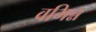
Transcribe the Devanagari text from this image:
वभिन्न